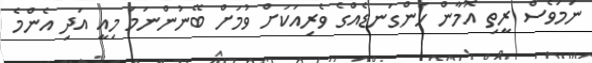
ނަމަވެސް ރީތި އޮމާން ހަންގަނޑެއްގެ ވެރިއަކަށް ވުމަށް ބޭނުންނަމަ މިއީ އަދި އެންމެ